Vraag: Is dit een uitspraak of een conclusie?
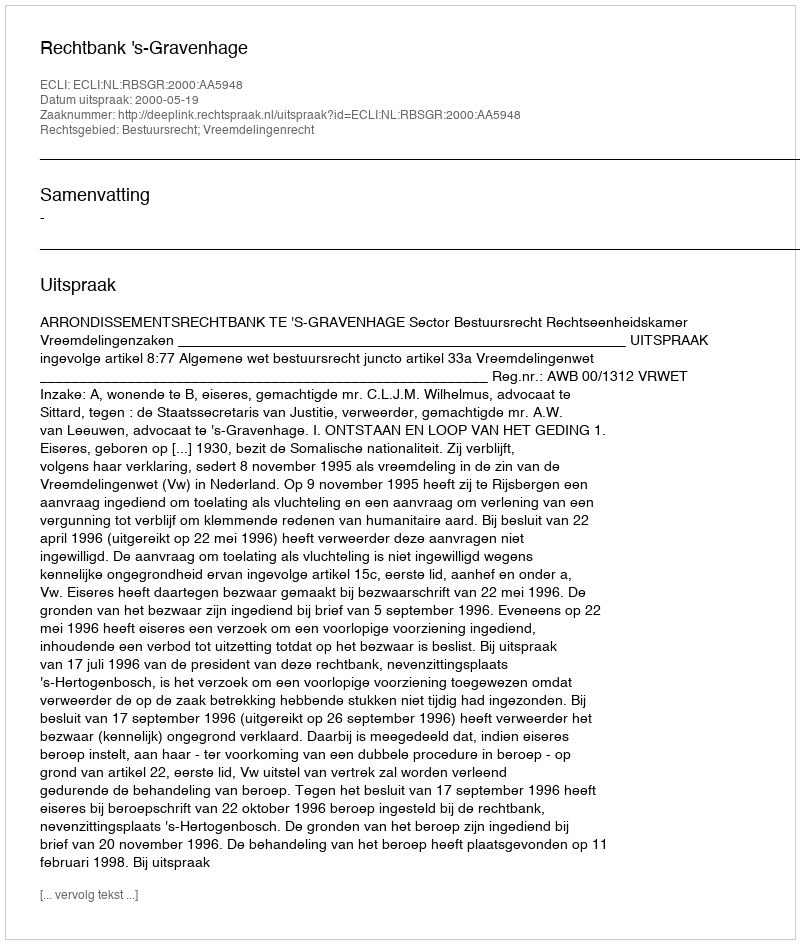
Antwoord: Uitspraak